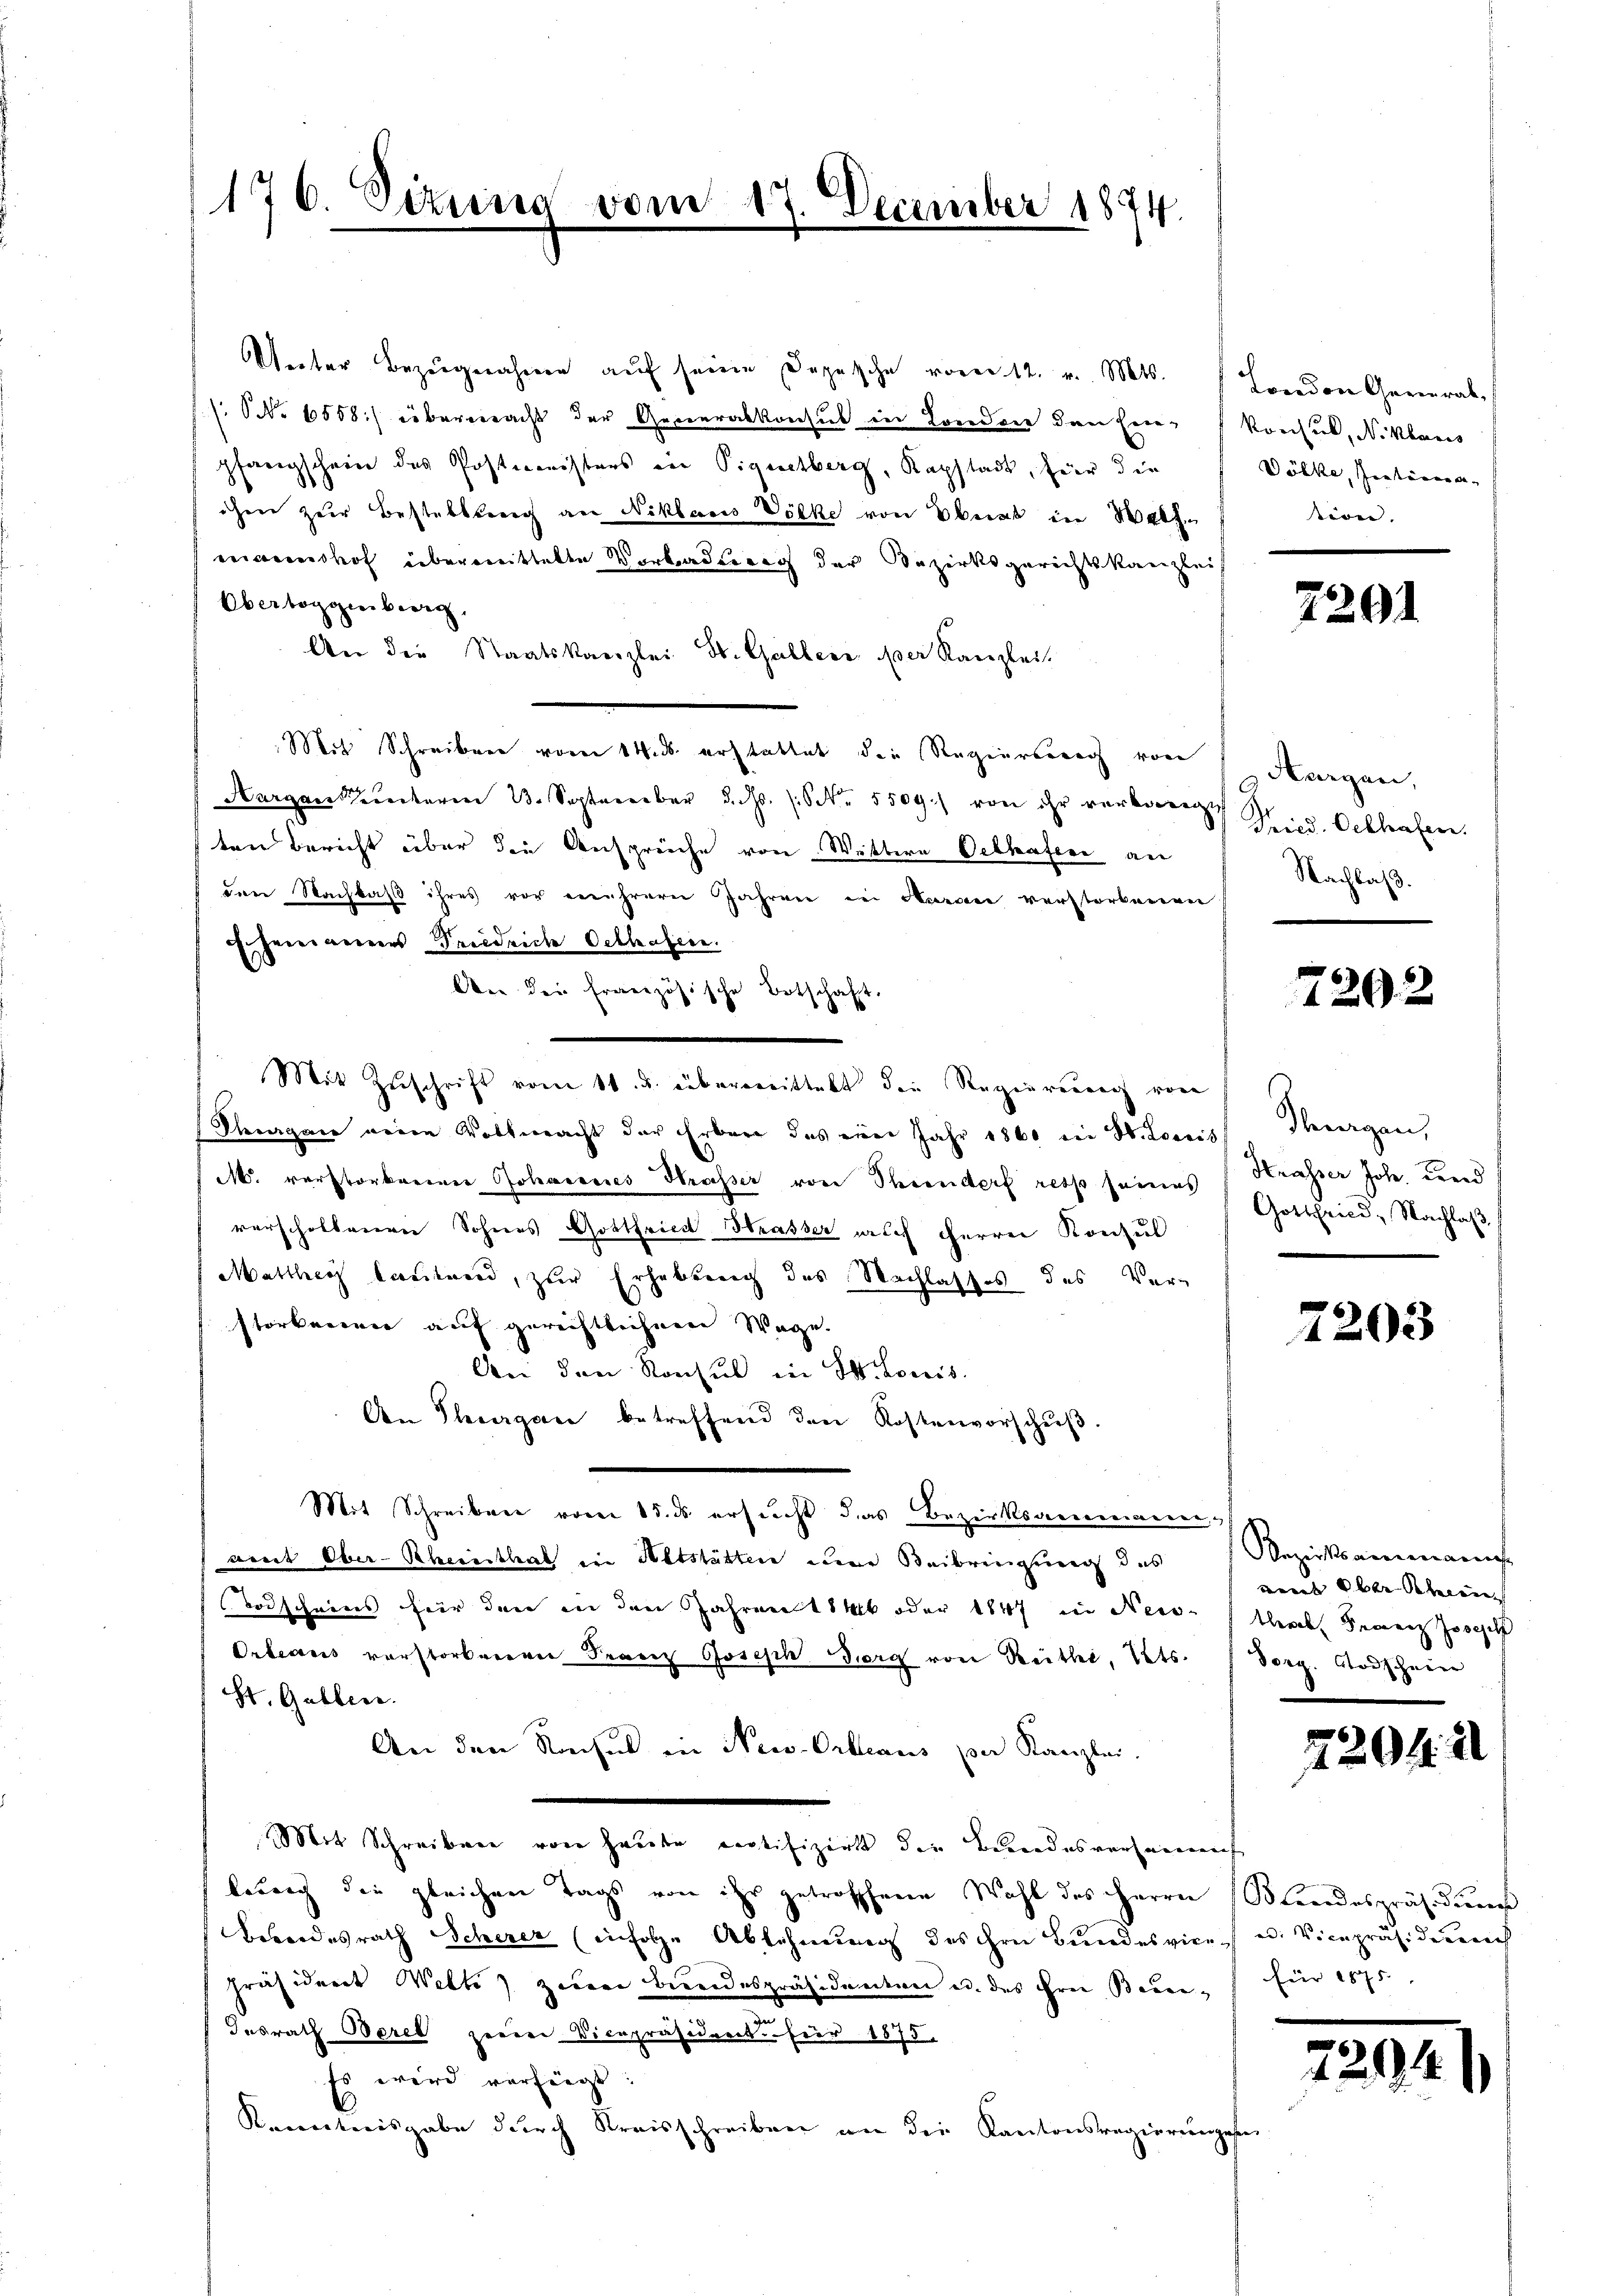
176. Sizung

de

An der französische Botschaft.

17. December 1874.

Weiter Bezugnahmen auf seine Depesche vom 12. v. Mts.
(: No 6558) überwacht der Generalkonsul in Brandver den Ein-
pfarrgscheine des Postmeisters ein Piquetberg, Kapstadt, für die
ihm zur Bestellung an Niklaus Völke von Oberat in Walt
mannshof übermittelte Vorbradung der Bezirksgerichtskanzleis
Obertoggenberg,
An die Staatskanzlei St. Gallers der Kanzlei
Mit Schreiben vom 14. ds. erstattet die Regierung von
Aargau unterm 23. September d. Js. (S. 5509.) von ihr verkorregt
ten Bericht über die Ansprüche von Wettern Oelhafen an
dere Nachlaß ihres vor mehrere Jahren in Herrn verstorbenen
Ehereigenes Friedrich Oettasien.
Mit Zuschrift vom 11. u. überweittelt die Regierung von
Pheegaer neuen Woltmacht der Erbene das vier Jahr 1860 in H. Louis
M. verstorkariner Johannes Strasser von Ohrendorf rett seines
verscholtenen Sohnes Gottfried Strasser auch Herrn Konzul
Matthig lautend, zur Erhebung des Nachlasses des Ver-
stärkererer auf gereiftlichen Wege.
An den Konsul in St. Louis
Aen Thurgan betreffend den Kostenvorschŭβ.
Mit Schreiben vom 15. ds ersucht das Bezirksarmereineren,
amt Ober-Rhecisthal ein Altstätten eine Beibringung des
Todscheins für den in den Jahren 11 Mk oder 1847 in Nees-
Orleans vorstorbeeren Franz Joseph Bier von Reithi, Cts.
St. Gallen.
An den Rochus in New-Orleaus per Kanzlei.
.
Mit Schreiben von Hausen Lectifizirt die Bundesversammenf
berrich die gleichen Tags von ihr getroffene Wahl des Herre
Beondesrath Scherer (infolge Ablehnung des ihre Bundesvices u. Vicepräsiderreich
Präsidert Welti zwar Brandespräsidenten u. das frei Beur¬
Insrath Beret zweier Vicepräsident für 1875.
Es wird verfügt:
Kenntnisgabe durch Kreisschreiben an die Kantonsregierunges

Breeden General¬
Konsul, N. Klaris
Dölke, Zerterena
tion.

2291

Aargau,
Fried. Oelhafen.
Nachlaß

7292

Gegen,
Strasser Joh. und
Gottfried, Nachlaβ

2203

Bezirksammanns
vent aber Schein
ther Franz Jose
Porg. Todschein

2204. 21

Blindespräsiden
Füer 1875.

7.

294.